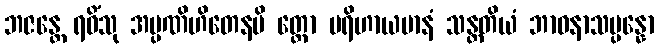
ဘဇန္တေ ရဝိံသု အပ္ပဏိဟိတေနပိ တ္ထော ပရိဟာယမာနံ သန္တတိယံ ဘာဝနာသမ္ပန္နော